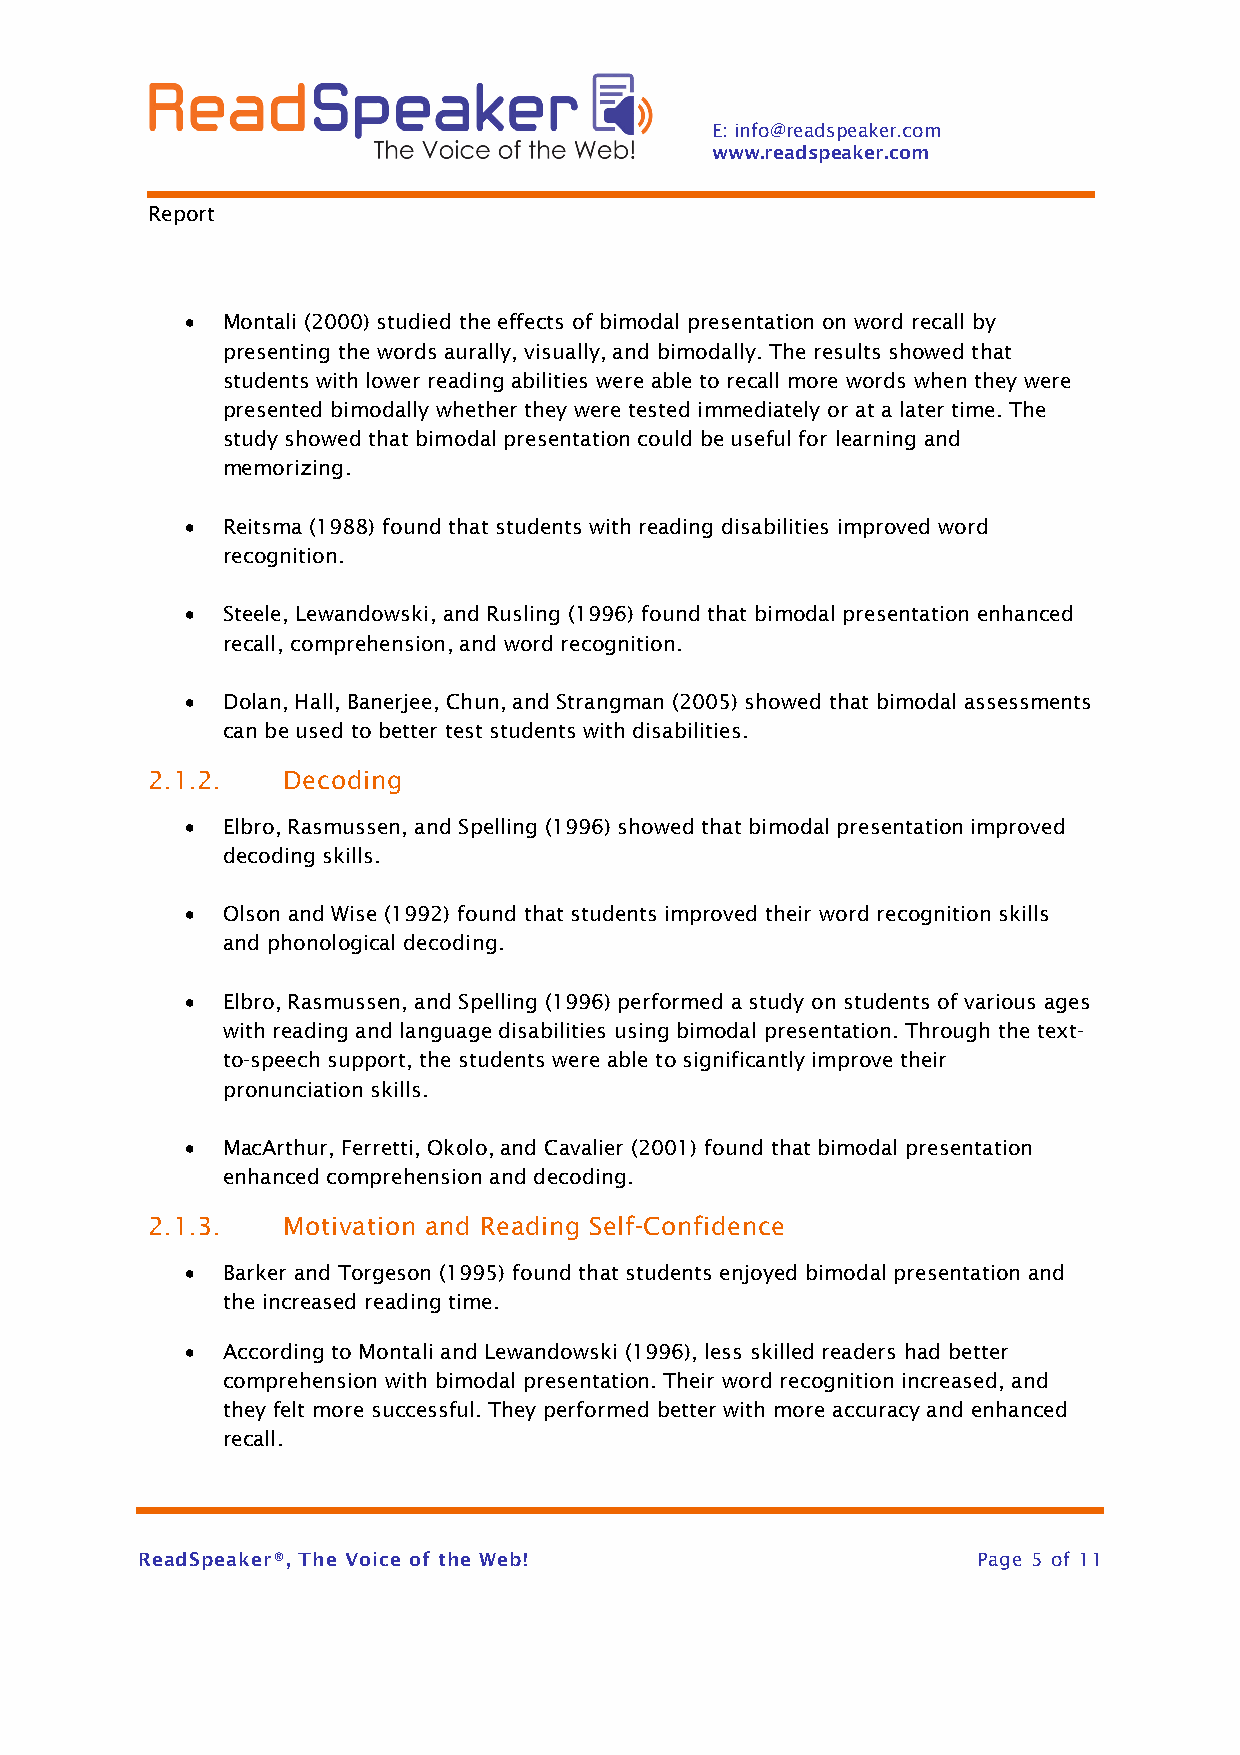
E: info@readspeaker.com
 www.readspeaker.com
 Report
 •  Montali (2000) studied the effects of bimodal presentation on word recall by
 presenting the words aurally, visually, and bimodally. The results showed that
 students with lower reading abilities were able to recall more words when they were
 presented bimodally whether they were tested immediately or at a later time. The
 study showed that bimodal presentation could be useful for learning and
 memorizing.
 •  Reitsma (1988) found that students with reading disabilities improved word
 recognition.
 •  Steele, Lewandowski, and Rusling (1996) found that bimodal presentation enhanced
 recall, comprehension, and word recognition.
 •  Dolan, Hall, Banerjee, Chun, and Strangman (2005) showed that bimodal assessments
 can be used to better test students with disabilities.
 2.1.2.   Decoding
 •  Elbro, Rasmussen, and Spelling (1996) showed that bimodal presentation improved
 decoding skills.
 •  Olson and Wise (1992) found that students improved their word recognition skills
 and phonological decoding.
 •  Elbro, Rasmussen, and Spelling (1996) performed a study on students of various ages
 with reading and language disabilities using bimodal presentation. Through the text-
 to-speech support, the students were able to significantly improve their
 pronunciation skills.
 •  MacArthur, Ferretti, Okolo, and Cavalier (2001) found that bimodal presentation
 enhanced comprehension and decoding.
 2.1.3.   Motivation and Reading Self-Confidence
 •  Barker and Torgeson (1995) found that students enjoyed bimodal presentation and
 the increased reading time.
 •  According to Montali and Lewandowski (1996), less skilled readers had better
 comprehension with bimodal presentation. Their word recognition increased, and
 they felt more successful. They performed better with more accuracy and enhanced
 recall.
 ReadSpeaker®, The Voice of the Web!                     Page 5 of 11